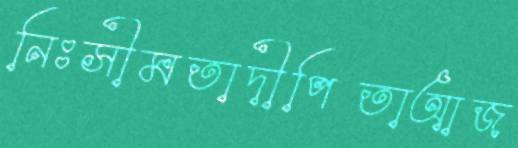
নিঃসীমতাদীপিতাআজ